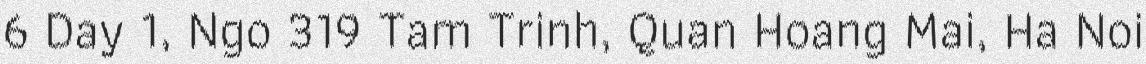
6 Day 1, Ngo 319 Tam Trinh, Quan Hoang Mai, Ha Noi